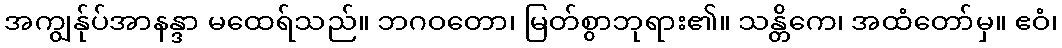
အကျွန်ုပ်အာနန္ဒာ မထေရ်သည်။ ဘဂဝတော၊ မြတ်စွာဘုရား၏။ သန္တိကေ၊ အထံတော်မှ။ ဧဝံ၊